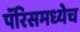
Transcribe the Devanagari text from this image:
पॅरिसमध्येच